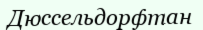
Дюссельдорфтан